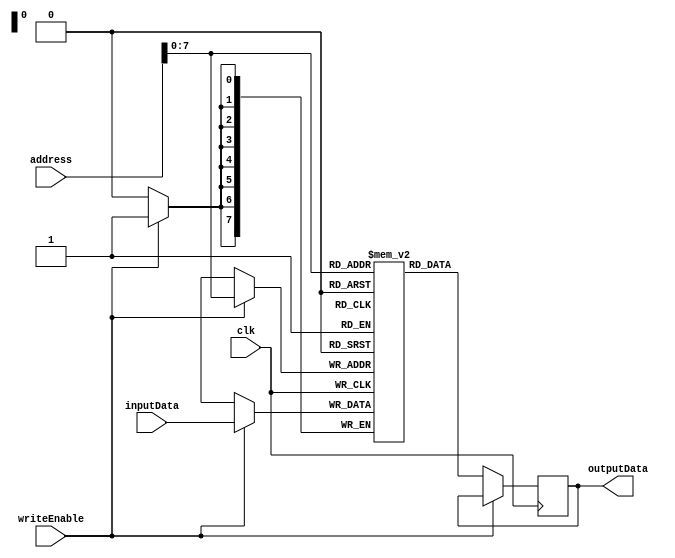
module PROM (
    input wire [15:0] address,
    input wire [7:0] inputData,
    input wire clk,
    input wire writeEnable,
    output reg [7:0] outputData
);

reg [7:0] memory [0:255];

always @(posedge clk) begin
    if (writeEnable) begin
        memory[address] <= inputData;
    end
    else begin
        outputData <= memory[address];
    end
end

endmodule